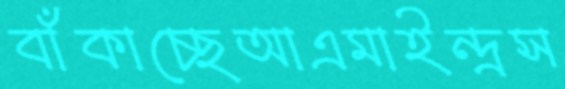
বাঁকাচ্ছেআএমাইন্দ্রস